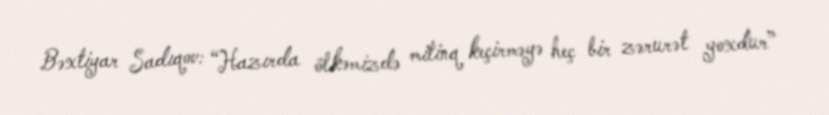
Bəxtiyar Sadıqov: “Hazırda ölkəmizdə mitinq keçirməyə heç bir zərurət yoxdur”